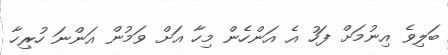
ބަލިވެ އިނުމަށް ފަހު އެ އަންހެން މިހާ އަށް ވަމުން އަންނަ ހުރިހާ